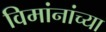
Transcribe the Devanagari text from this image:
विमांनांच्या